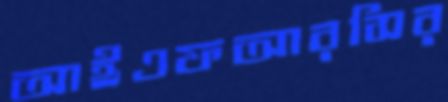
আইএফআরসির